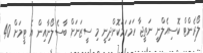
ލޯރެންޓް ކޮސިއެލްނީ ނަތީޖާ ހަމަހަމަކޮށްދިނީ މި ސީޒަނަށް ބާސެލޯނާއިން އެ ޓީމަށް 40